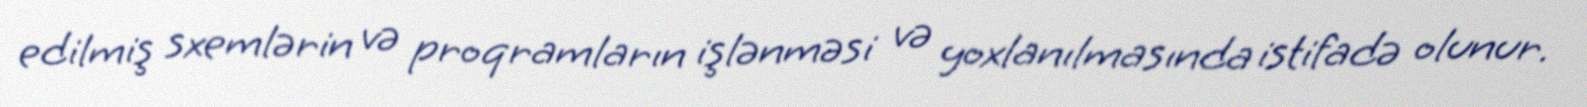
edilmiş sxemlərin və proqramların işlənməsi və yoxlanılmasında istifadə olunur.